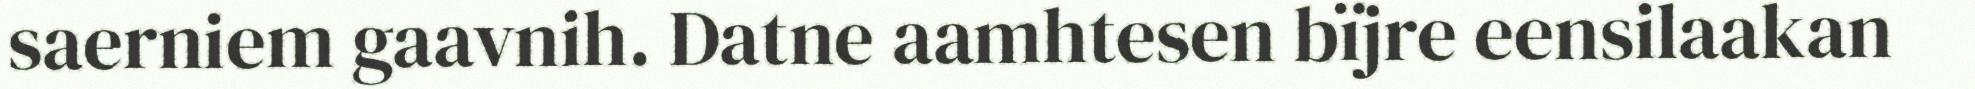
saerniem gaavnih. Datne aamhtesen bïjre eensilaakan